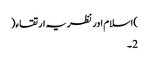
)اسلام اور نظریہ ارتقاء(
2۔